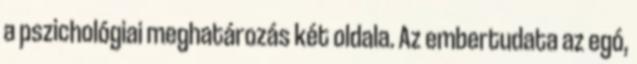
a pszichológiai meghatározás két oldala. Az embertudata az egó,